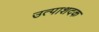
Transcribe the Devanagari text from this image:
उत्पाशदक